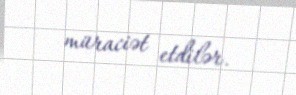
müraciət etdilər.